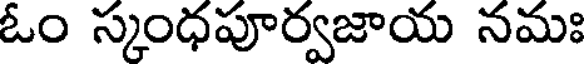
ఓం స్కంధపూర్వజాయ నమః